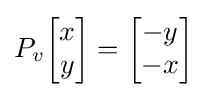
P_{v}{\begin{bmatrix}x\\y\end{bmatrix}}={\begin{bmatrix}-y\\-x\end{bmatrix}}